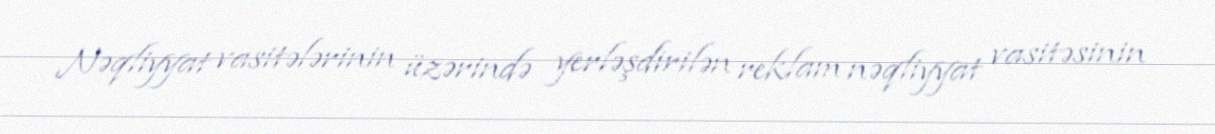
Nəqliyyat vasitələrinin üzərində yerləşdirilən reklam nəqliyyat vasitəsinin